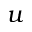
u